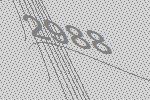
2988